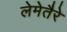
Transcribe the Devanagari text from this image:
लेमेतैरे